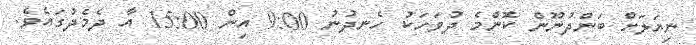
ނިޔަލަށް ބަންދުނޫން ކޮންމެ ދުވަހަކު ހެނދުނު 9:00 އިން 15:00 އާ ދެމެދުގައެވެ.